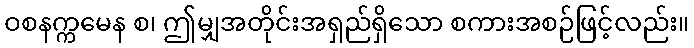
ဝစနက္ကမေန စ၊ ဤမျှအတိုင်းအရှည်ရှိသော စကားအစဉ်ဖြင့်လည်း။